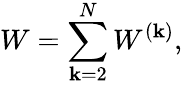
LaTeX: W=\sum_{\mathbf{k}=2}^{N}W^{(\mathbf{k})},